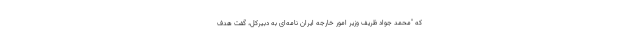
که "محمد جواد ظریف وزیر امور خارجه ایران نامه‌ای به دبیرکل، گفت هدف